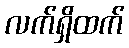
လက်ရှိထက်